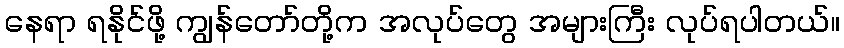
နေရာ ရနိုင်ဖို့ ကျွန်တော်တို့က အလုပ်တွေ အများကြီး လုပ်ရပါတယ်။